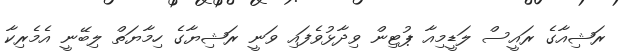
ރަޝިއާގެ ރައީސް ލަޑީމިއާ ޕުޓިން ވިދާޅުވެފައި ވަނީ ރަޝިޔާގެ ހިމާޔަތް ލިބޭނީ އެމެރިކާ